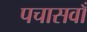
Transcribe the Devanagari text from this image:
पचासवाँ